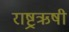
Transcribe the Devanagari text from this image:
राष्ट्रऋषी